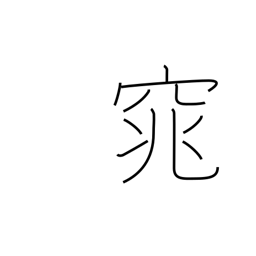
Meaning: quiet